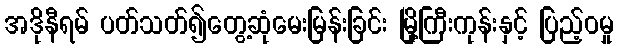
အဒိုနီရမ် ပတ်သတ်၍တွေ့ဆုံမေးမြန်းခြင်း မြို့ကြီးကုန်းနှင့် ပြည့်ဝမှု